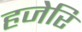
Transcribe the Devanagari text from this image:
हजेरि